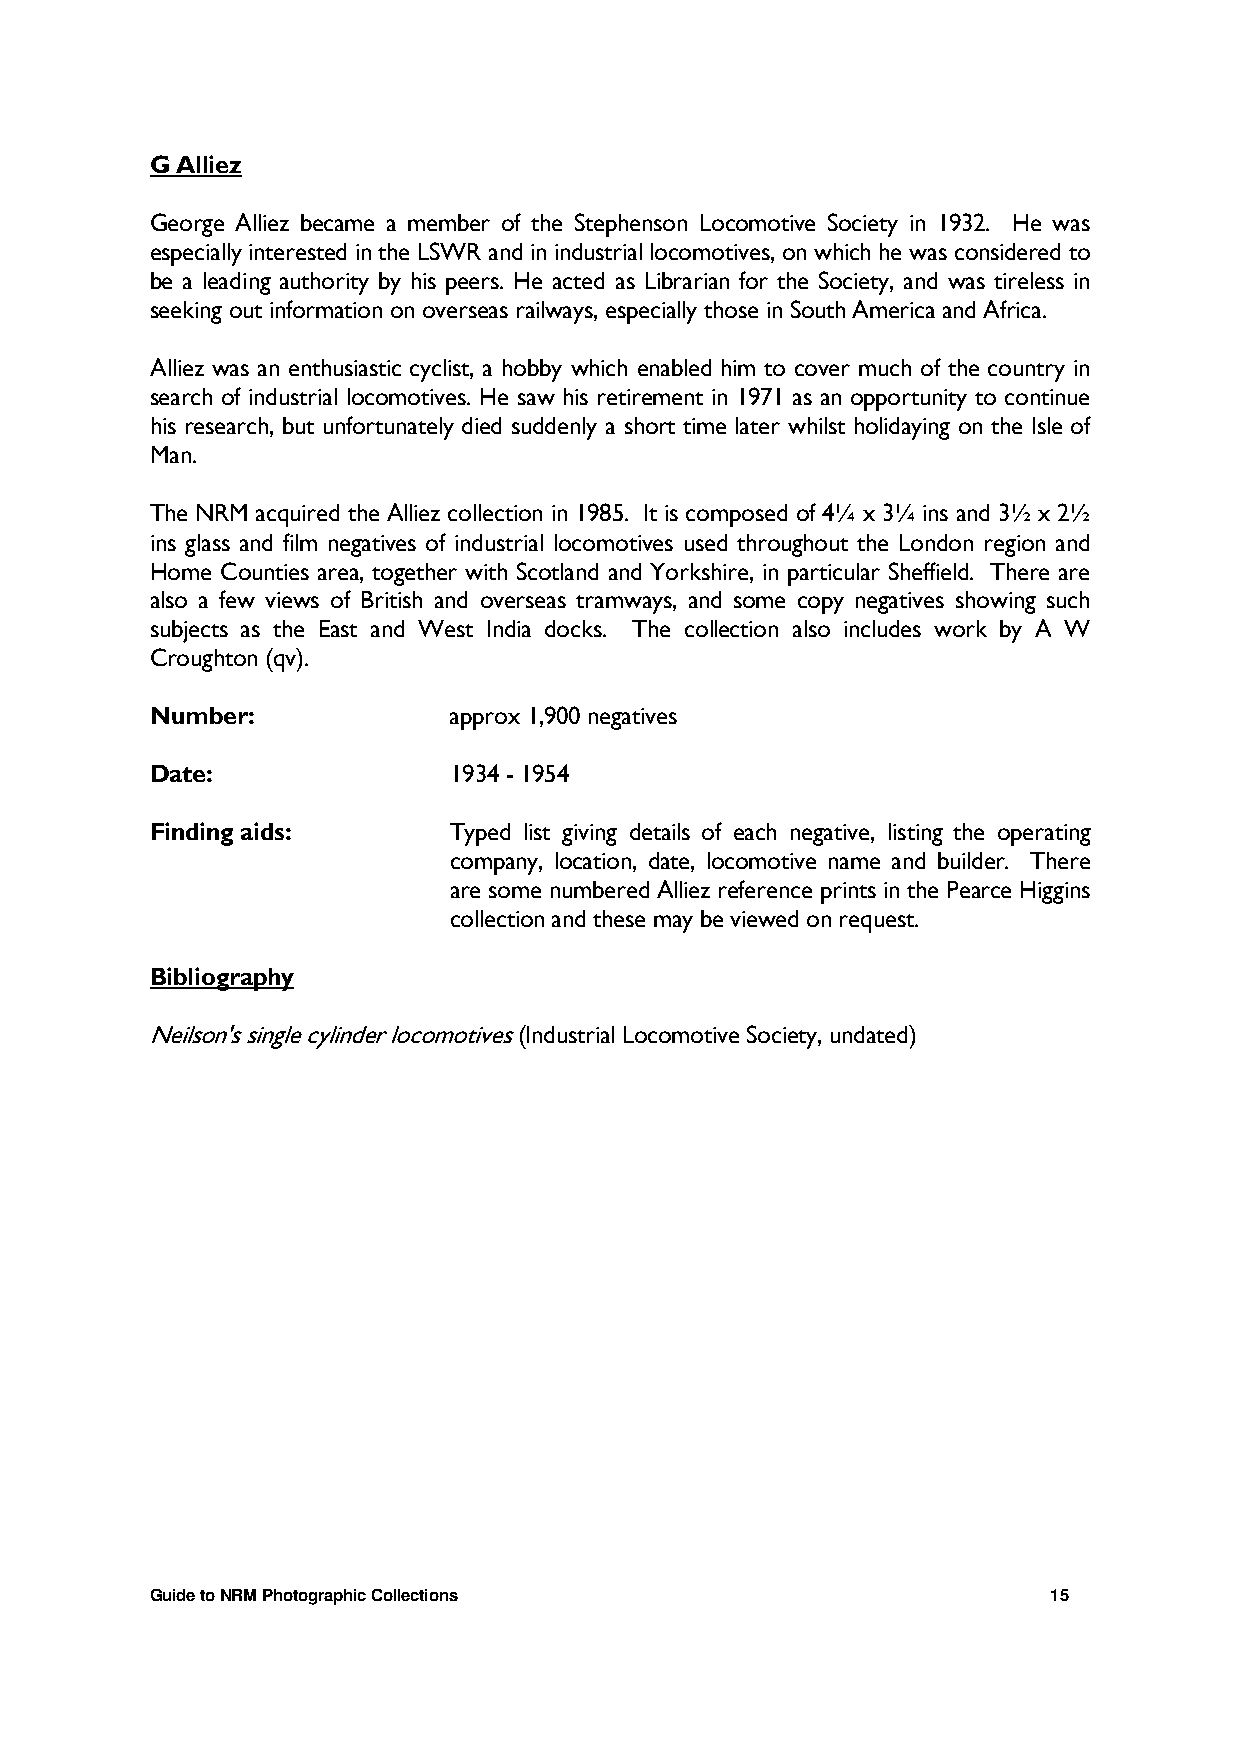
G Alliez
 George Alliez became a member of the Stephenson Locomotive Society in 1932. He was
 especially interested in the LSWR and in industrial locomotives, on which he was considered to
 be a leading authority by his peers. He acted as Librarian for the Society, and was tireless in
 seeking out information on overseas railways, especially those in South America and Africa.
 Alliez was an enthusiastic cyclist, a hobby which enabled him to cover much of the country in
 search of industrial locomotives. He saw his retirement in 1971 as an opportunity to continue
 his research, but unfortunately died suddenly a short time later whilst holidaying on the Isle of
 Man.
 The NRM acquired the Alliez collection in 1985. It is composed of 4¼ x 3¼ ins and 3½ x 2½
 ins glass and film negatives of industrial locomotives used throughout the London region and
 Home Counties area, together with Scotland and Yorkshire, in particular Sheffield. There are
 also a few views of British and overseas tramways, and some copy negatives showing such
 subjects as the East and West India docks. The collection also includes work by A W
 Croughton (qv).
 Number:             approx 1,900 negatives
 Date:               1934 - 1954
 Finding aids:       Typed list giving details of each negative, listing the operating
 company, location, date, locomotive name and builder. There
 are some numbered Alliez reference prints in the Pearce Higgins
 collection and these may be viewed on request.
 Bibliography
 Neilson's single cylinder locomotives (Industrial Locomotive Society, undated)
 Guide to NRM Photographic Collections                       15